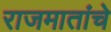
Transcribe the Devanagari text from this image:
राजमातांचे